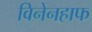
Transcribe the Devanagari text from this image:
विनेनहाफ